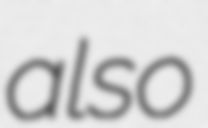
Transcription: also